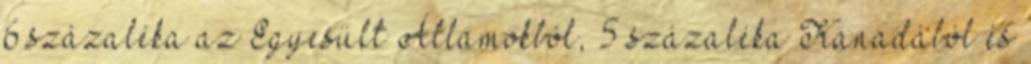
6 százaléka az Egyesült Államokból, 5 százaléka Kanadából és